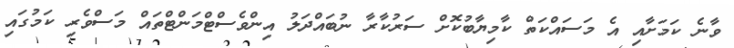
ވާނެ ކަމަށާއި އެ މަސައްކަތް ކާމިޔާބުކޮށް ސަރުކާރާ ނުބައްދަލު އިންވެސްޓްމަންޓްތައް މަސްވެރި ކަމުގައި